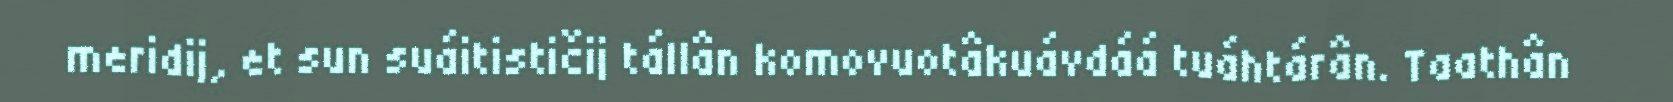
meridij, et sun suáitističij tállân komovuotâkuávdáá tuáhtárân. Taathân